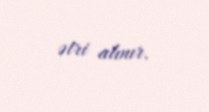
ətri alınır.